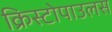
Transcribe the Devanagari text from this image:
क्रिस्टोपाउलस